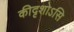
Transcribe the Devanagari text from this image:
कीदृशोऽसि